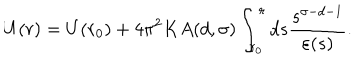
U ( r ) = U ( r _ { 0 } ) + 4 \pi ^ { 2 } K A ( d , \sigma ) \int _ { r _ { 0 } } ^ { r } d s \frac { s ^ { \sigma - d - 1 } } { \varepsilon ( s ) } .